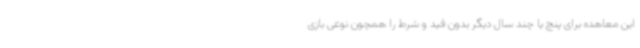
این معاهده برای پنچ یا چند سال دیگر بدون قید و شرط را همچون نوعی بازی